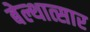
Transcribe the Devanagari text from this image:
बेल्थात्सार